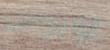
لوبوس